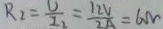
R _ { 2 } = \frac { U } { I _ { 2 } } = \frac { 1 2 V } { 2 A } = 6 \Omega